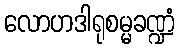
လောဟဒါရုစမ္မခဏ္ဍံ